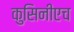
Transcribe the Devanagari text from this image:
कुसिनीएच